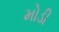
મોડી